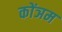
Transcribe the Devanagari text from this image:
कोंञम